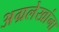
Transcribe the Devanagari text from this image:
अग्रलेखांना